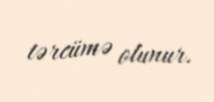
tərcümə olunur.